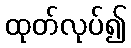
ထုတ်လုပ်၍